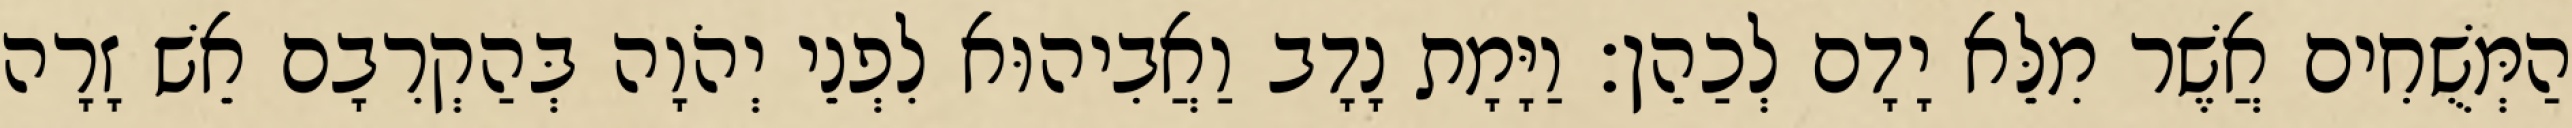
הַמְּשֻׁחִים אֲשֶׁר מִלֵּא יָדָם לְכַהֵן׃ וַיָּמָת נָדָב וַאֲבִיהוּא לִפְנֵי יְהֹוָה בְּהַקְרִבָם אֵשׁ זָרָה